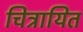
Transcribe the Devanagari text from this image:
चित्रायित